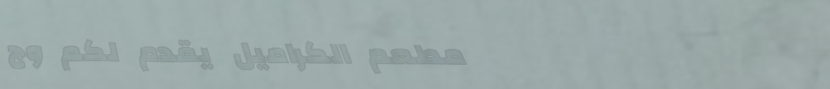
مطعم الكراميل يقدم لكم وج